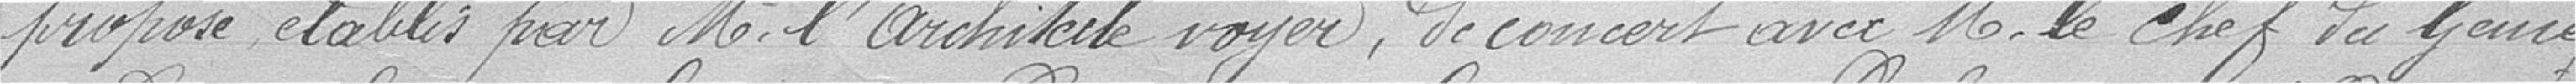
proposé établis par Monsieur l'architecte voyer, de concert avec Monsieur le chef du Génie.